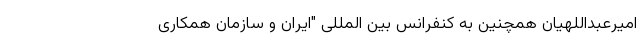
امیرعبداللهیان همچنین به کنفرانس بین المللی "ایران و سازمان همکاری